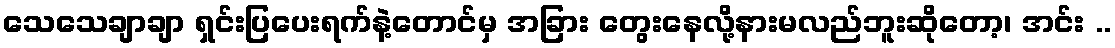
သေသေချာချာ ရှင်းပြပေးရက်နဲ့တောင်မှ အခြား တွေးနေလို့နားမလည်ဘူးဆိုတော့၊ အင်း ..